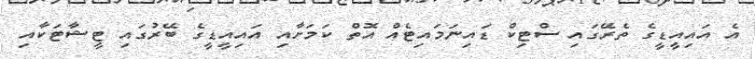
އެ އައިއީޑީގެ ތެރޭގައި ސްޓިކް ޑައިނަމައިޓެއް އޮތް ކަމަށާއި އައިއީޑީގެ ބޭރުގައި ޓީޝާޓަކާއި